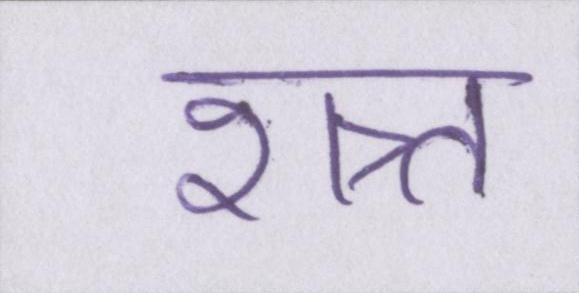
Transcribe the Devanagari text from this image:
शत्र्त